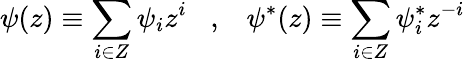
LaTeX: \psi(z)\equiv\sum_{i\in Z}\psi_{i}z^{i}\; \; \; ,\; \; \; \psi^{\ast}(z)\equiv\sum_{i\in Z}\psi_{i}^{\ast}z^{-i}